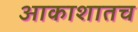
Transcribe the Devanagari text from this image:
आकाशातच